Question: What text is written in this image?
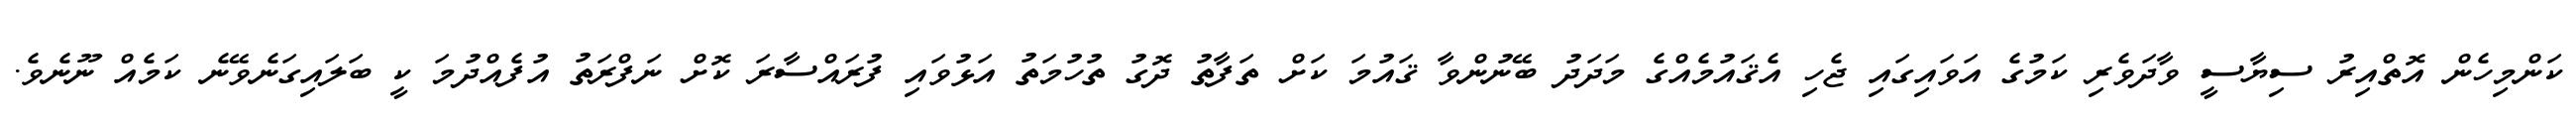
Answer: ކަންމިހެން އޮތްއިރު ސިޔާސީ ވާދަވެރި ކަމުގެ އަވައިގައި ޖެހި އެޤައުމެއްގެ މަދަދު ބޭނުންވާ ޤައުމަ ކަށް ތަފާތު ދޮގު ތުހުމަތު އަޅުވައި ފުރައްސާރަ ކޮށް ނަފްރަތު އުފެއްދުމަ ކީ ބަލައިގަނެވޭނެ ކަމެއް ނޫނެވެ.